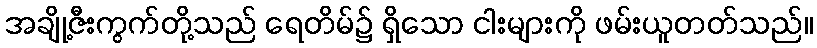
အချို့ဇီးကွက်တို့သည် ရေတိမ်၌ ရှိသော ငါးများကို ဖမ်းယူတတ်သည်။